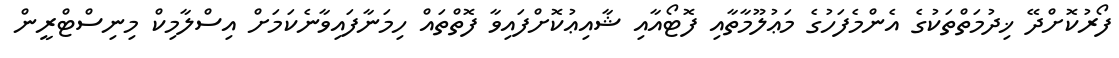
ފޯރުކޮށްދޭ ޚިދުމަތްތަކުގެ އެންމެފަހުގެ މަޢުލޫމާތާއި ފޮޓޯއާއި ޝާއިޢުކޮށްފައިވާ ފޮތްތައް ހިމަނާފައިވާނެކަމަށް އިސްލާމިކް މިނިސްޓްރީން